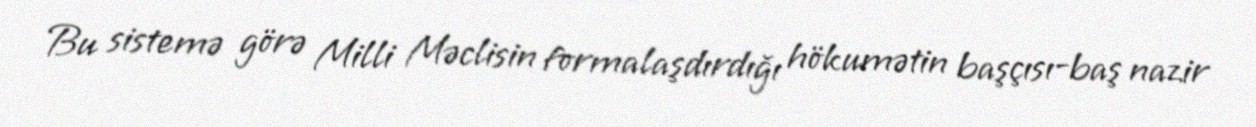
Bu sistemə görə Milli Məclisin formalaşdırdığı hökumətin başçısı-baş nazir